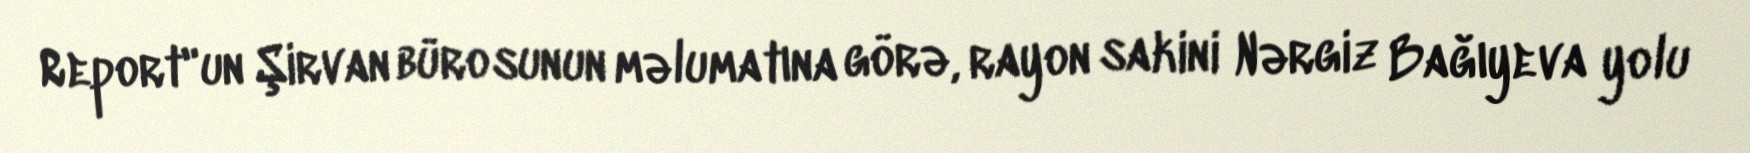
Report"un Şirvan bürosunun məlumatına görə, rayon sakini Nərgiz Bağıyeva yolu